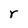
Character: r